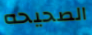
الصحيحه